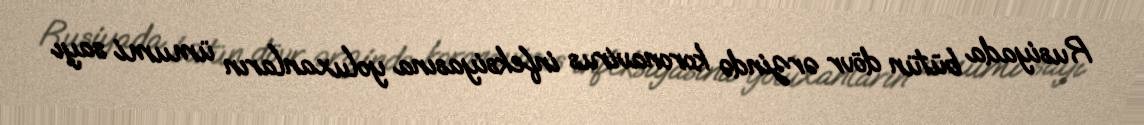
Rusiyada bütün dövr ərzində koronavirus infeksiyasına yoluxanların ümumi sayı